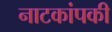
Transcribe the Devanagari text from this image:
नाटकांपकी